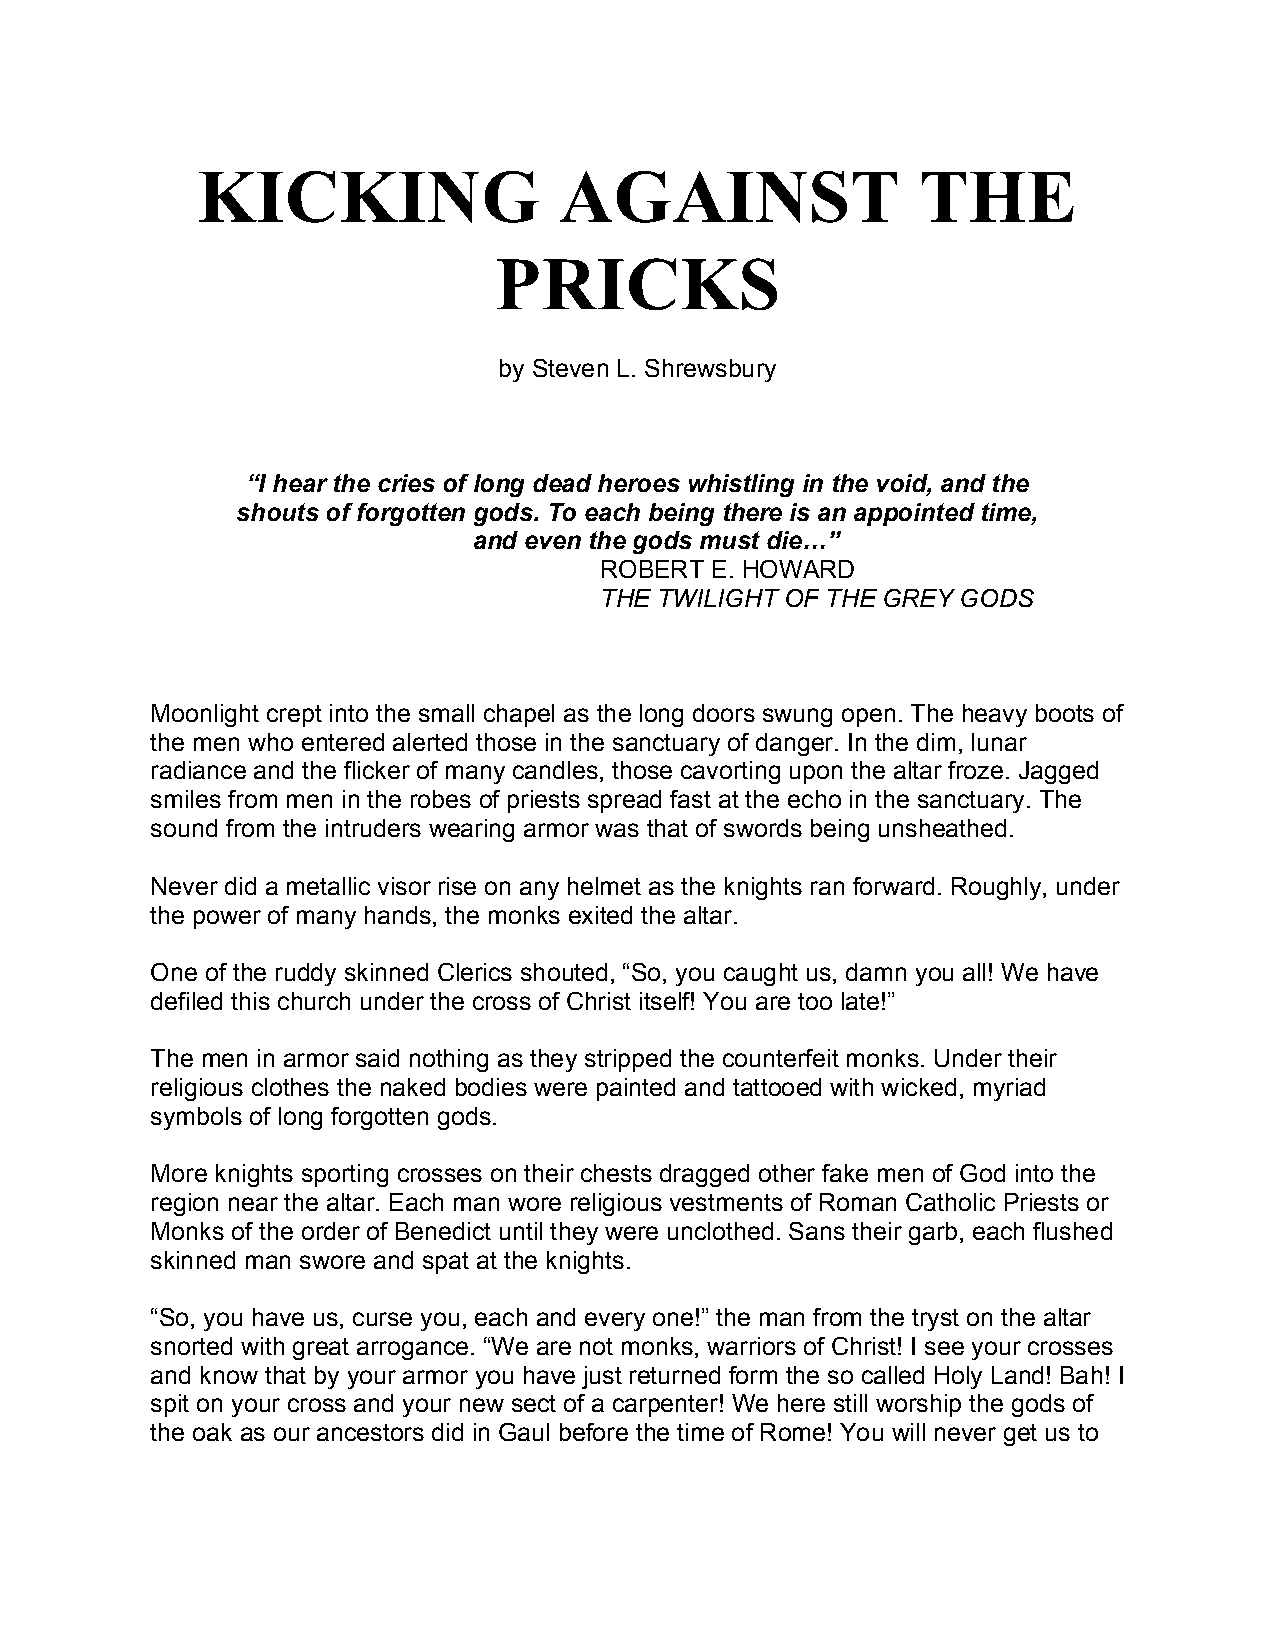
KICKING                 AGAINST                 THE
 PRICKS
 by Steven L. Shrewsbury
 “I hear the cries of long dead heroes whistling in the void, and the
 shouts of forgotten gods. To each being there is an appointed time,
 and even the gods must die…”
 ROBERT E. HOWARD
 THE TWILIGHT OF THE GREY GODS
 Moonlight crept into the small chapel as the long doors swung open. The heavy boots of
 the men who entered alerted those in the sanctuary of danger. In the dim, lunar
 radiance and the flicker of many candles, those cavorting upon the altar froze. Jagged
 smiles from men in the robes of priests spread fast at the echo in the sanctuary. The
 sound from the intruders wearing armor was that of swords being unsheathed.
 Never did a metallic visor rise on any helmet as the knights ran forward. Roughly, under
 the power of many hands, the monks exited the altar.
 One of the ruddy skinned Clerics shouted, “So, you caught us, damn you all! We have
 defiled this church under the cross of Christ itself! You are too late!”
 The men in armor said nothing as they stripped the counterfeit monks. Under their
 religious clothes the naked bodies were painted and tattooed with wicked, myriad
 symbols of long forgotten gods.
 More knights sporting crosses on their chests dragged other fake men of God into the
 region near the altar. Each man wore religious vestments of Roman Catholic Priests or
 Monks of the order of Benedict until they were unclothed. Sans their garb, each flushed
 skinned man swore and spat at the knights.
 “So, you have us, curse you, each and every one!” the man from the tryst on the altar
 snorted with great arrogance. “We are not monks, warriors of Christ! I see your crosses
 and know that by your armor you have just returned form the so called Holy Land! Bah! I
 spit on your cross and your new sect of a carpenter! We here still worship the gods of
 the oak as our ancestors did in Gaul before the time of Rome! You will never get us to